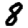
Digit: 8